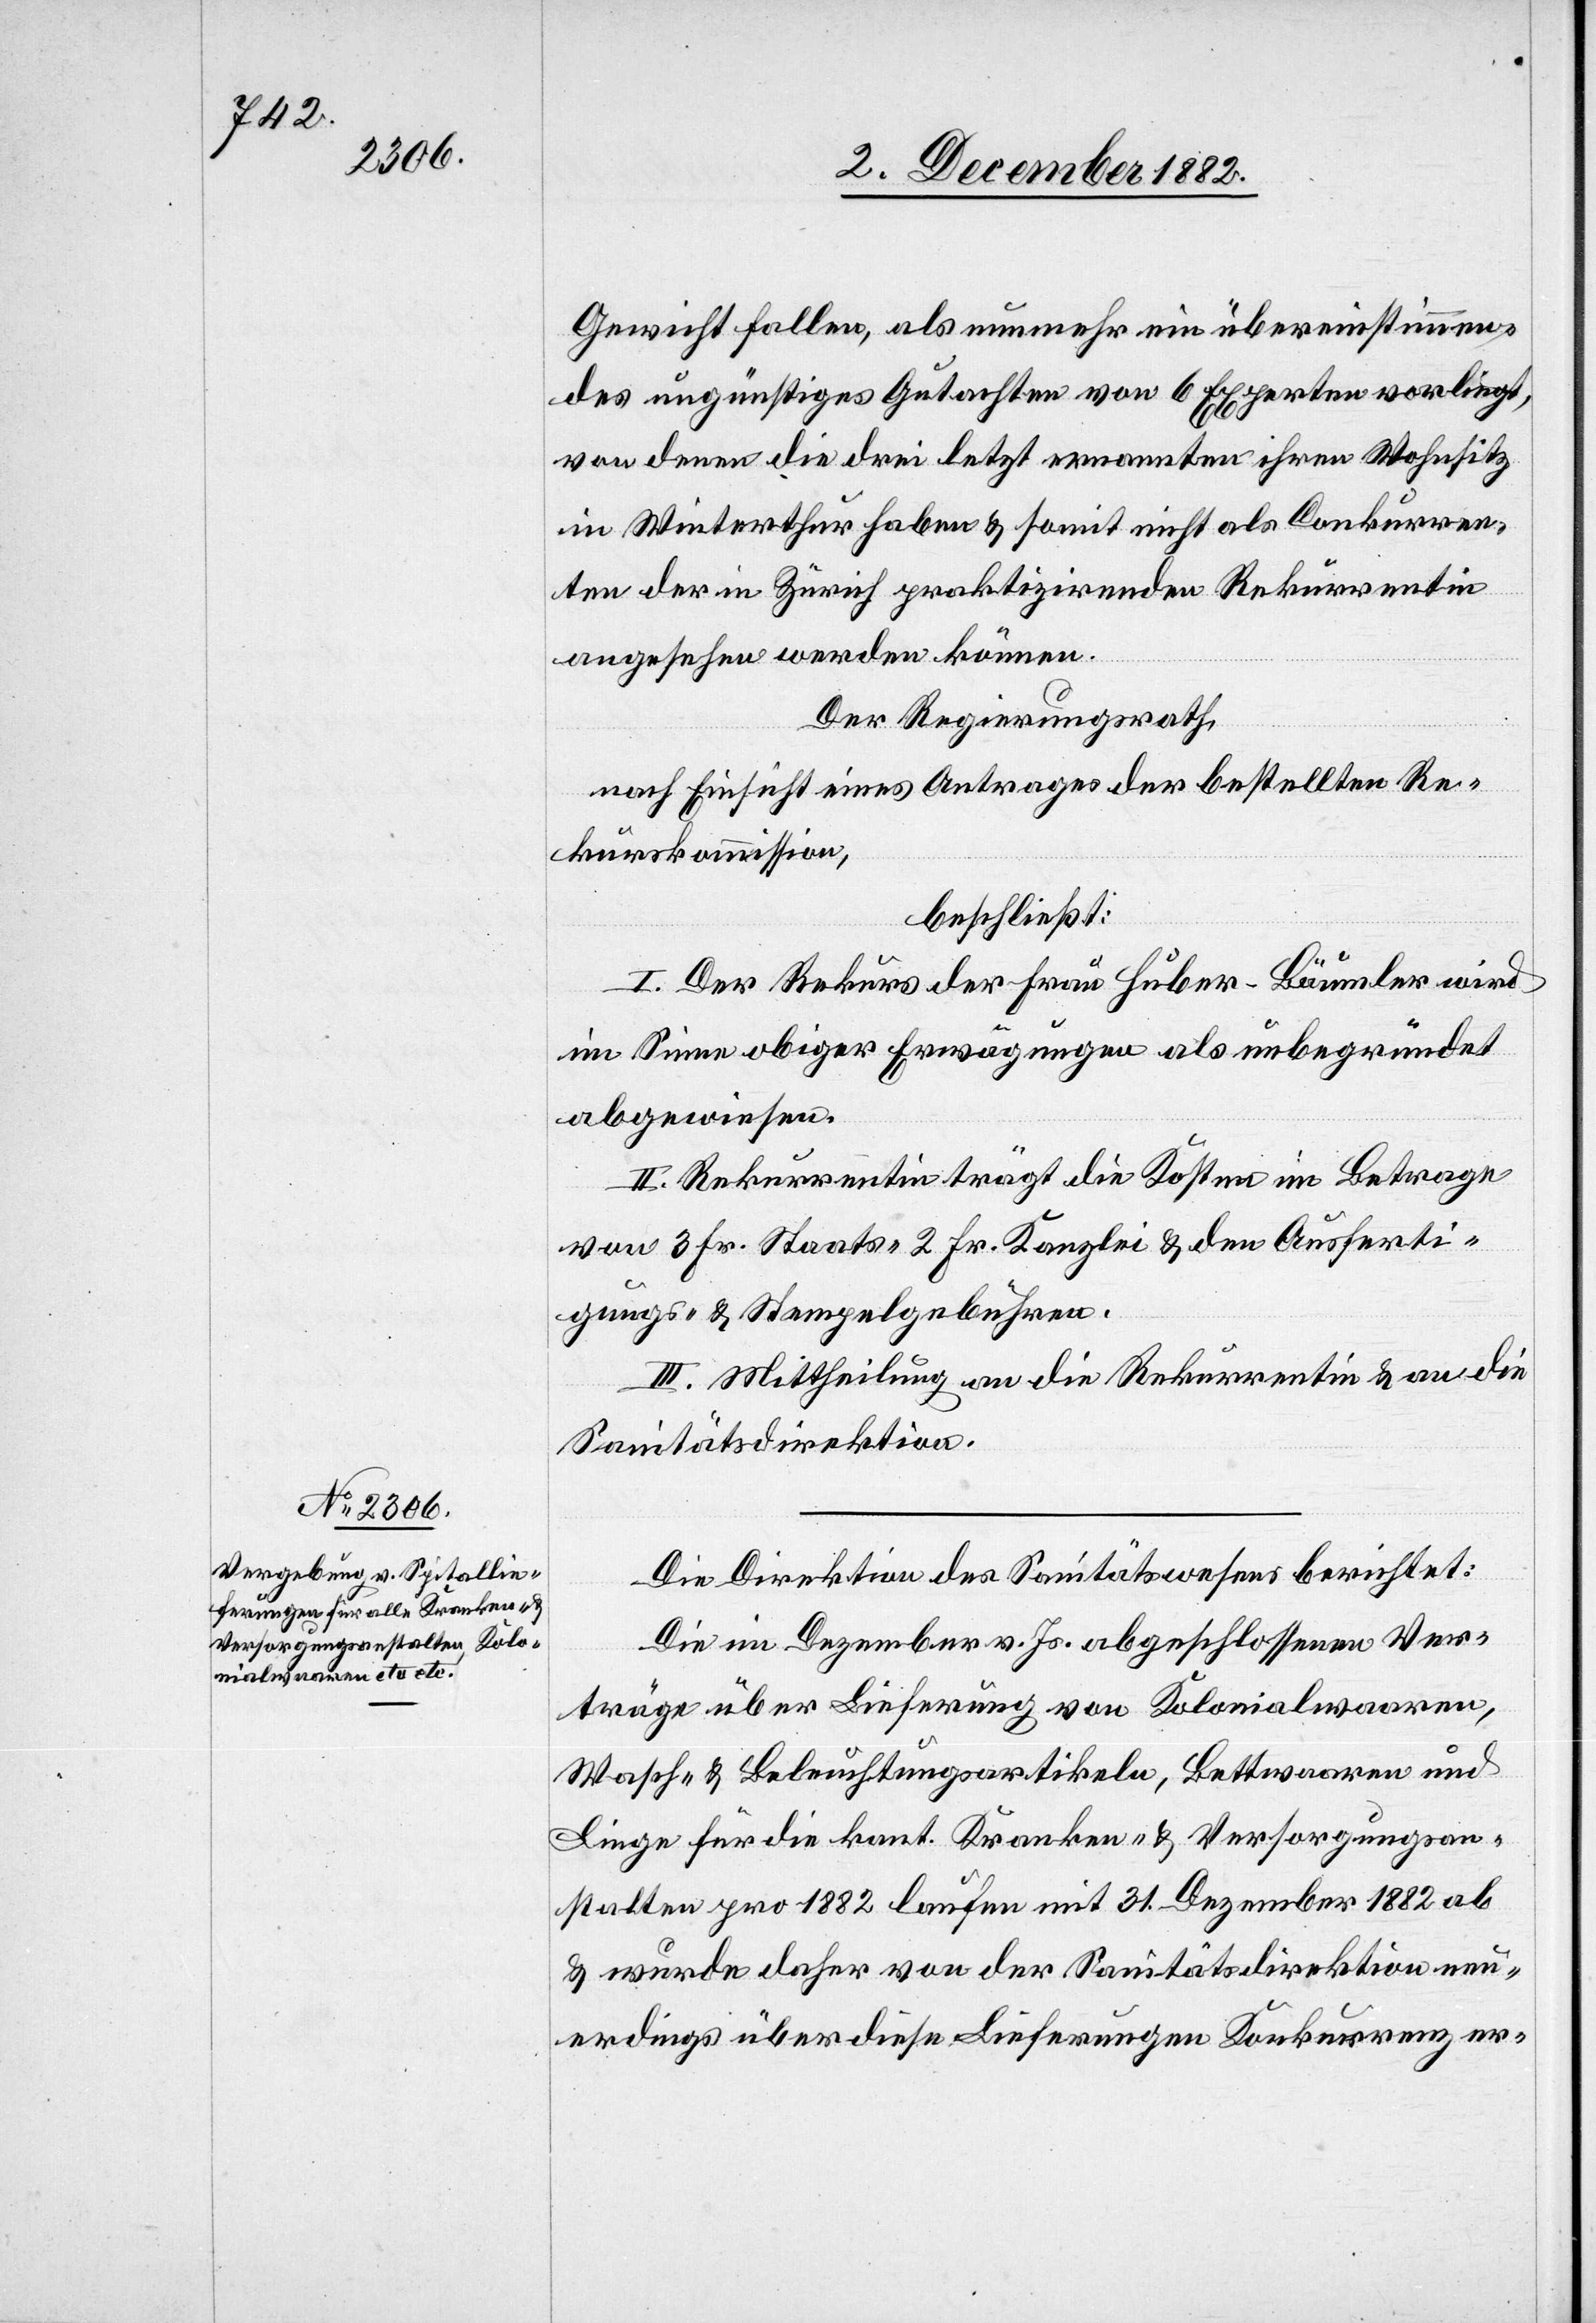
Gewicht fallen, als nunmehr ein übereinstimmen¬
des ungünstiges Gutachten von 6 Experten vorliegt,
von denen die drei letzt ernannten ihren Wohnsitz
in Winterthur haben & somit nicht als Conkurren¬
ten der in Zürich praktizirenden Rekurrentin
angesehen werden können.
Der Regierungsrath,
nach Einsicht eines Antrages der bestellten Re¬
kurskommission,
beschließt:
I. Der Rekurs der Frau Huber-Bäumler wird
im Sinne obiger Erwägungen als unbegründet
abgewiesen.
II. Rekurrentin trägt die Kosten bestehend
in 3 Fr. Staats- 2 Fr. Kanzlei- nebst den Ausferti¬
gungs- & Stempelgebühren.
III. Mittheilung an die Rekurrentin & an die
Sanitätsdirektion.
Die Direktion des Sanitätswesens berichtet:
Die im Dezember vor. Js. abgeschlossenen Ver¬
träge über Lieferung von Kolonialwaaren,
Wasch- & Beleuchtungsartikeln, Bettwaaren und
Linge für die kant. Kranken- & Versorgungsan¬
stalten pro 1882 laufen mit 31. Dezember 1882 ab
& wurde daher von der Sanitätsdirektion neu¬
erdings über diese Lieferungen Konkurrenz er-